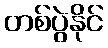
တစ်ပွဲနိုင်